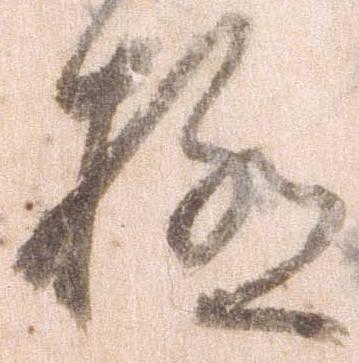
極